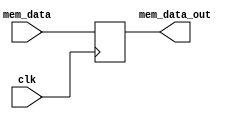
`timescale 1ns / 1ps
//////////////////////////////////////////////////////////////////////////////////
// Company: 
// Engineer: 
// 
// Design Name: 
// Module Name: Memory_data_register
// Project Name: 
// Target Devices: 
// Tool Versions: 
// Description: 
// 
// Dependencies: 
// 
// Revision:
// Revision 0.01 - File Created
// Additional Comments:
// 
//////////////////////////////////////////////////////////////////////////////////


module Memory_data_register(
    input wire [31:0]mem_data , output reg [31:0]mem_data_out, input clk
    );
    always@(posedge clk)
        mem_data_out = mem_data;
    
endmodule